EELK_Kanepi_kogudus, lk 11
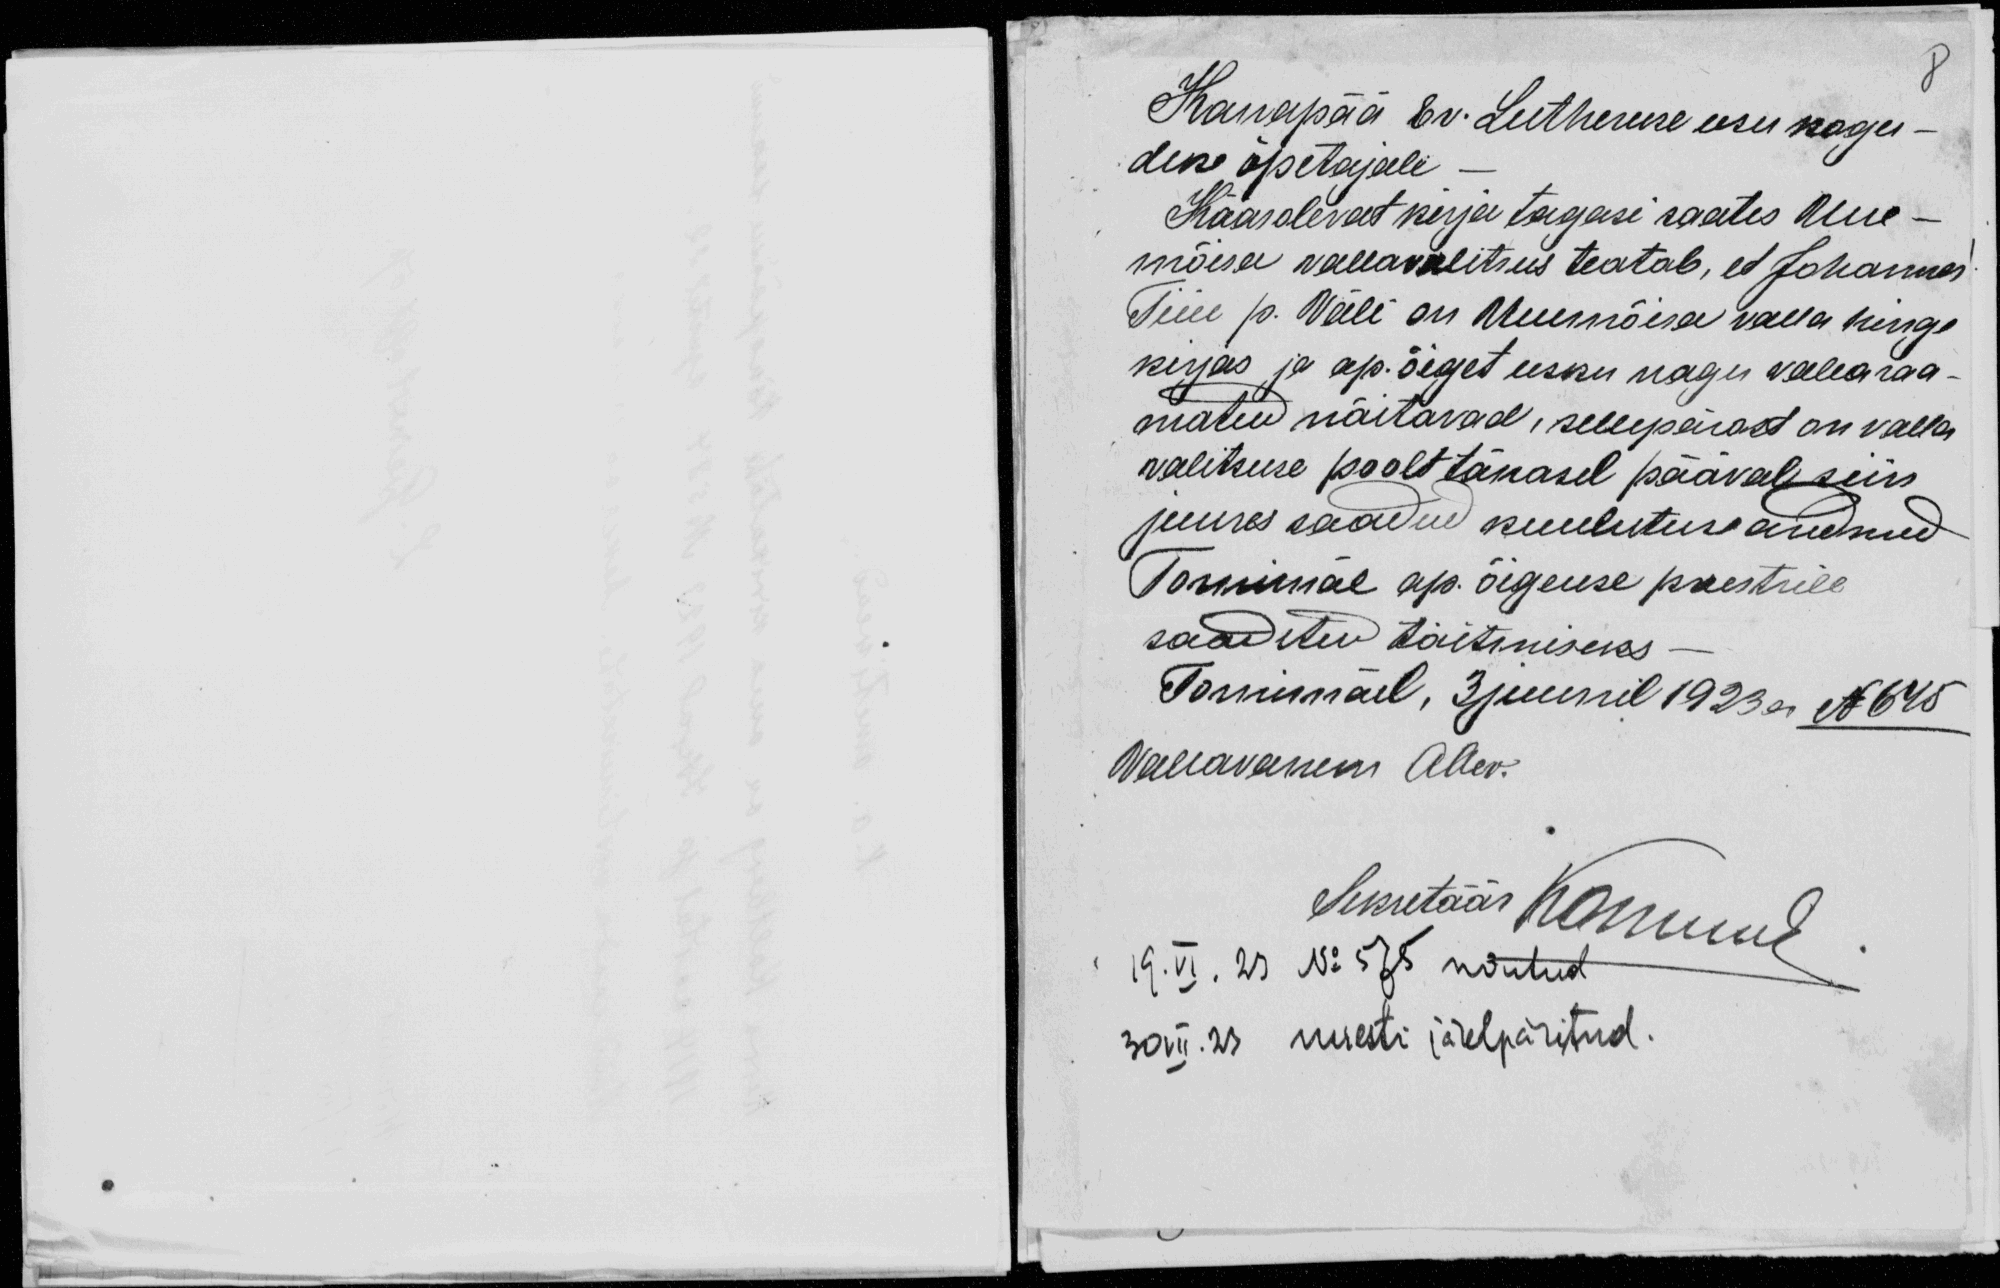
8
Kanapää Ev. Lutheruse usu kogu-
duse õpetajale -
Kääsolevat kirja tagasi saates Uue-
mõisa vallavalitsus teatab, et Johannes
Tiiu p. Väli on Uuemõisa valla hinge
kirjas ja ap. õiget usku nagu vallaraa-
matud näitavad, sellepärast on valla
valitsuse poolt tänasel pääval siin
juures saadud kuulutuse andnud
Tornimäe ap. õigeuse preestrile
saadetud täitmiseks-
Tornimäel, 3juunil 1923 a No 645
Wallawanem Aller.
Sekretäär Kommel
19.VI. 23 No 575 nõutud
30 VII.23 25 uuesti järelpäritud.